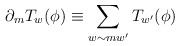
\begin{align*}\partial_{m} T_{w}(\phi) \equiv \sum_{w \sim mw'} T_{w'}(\phi)\end{align*}